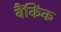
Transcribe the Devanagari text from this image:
बैंकिंक